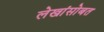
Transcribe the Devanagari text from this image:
लेखांसोबत